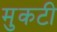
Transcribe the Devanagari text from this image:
मुकटी